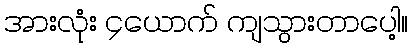
အားလုံး ၄ယောက် ကျသွားတာပေါ့။